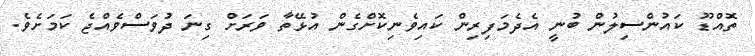
ތޮއްޑޫ ކައުންސިލުން ބުނީ އެދެމަފިރިން ކައިވެނިކޮށްގެން އުޅޭތާ ވަރަށް ގިނަ ދުވަސްވެއްޖެ ކަމަށެވެ.